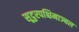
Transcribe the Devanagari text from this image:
सूदुरपश्चिमाञ्चल